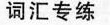
词汇专练